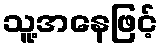
သူ့အနေဖြင့်